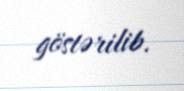
göstərilib.